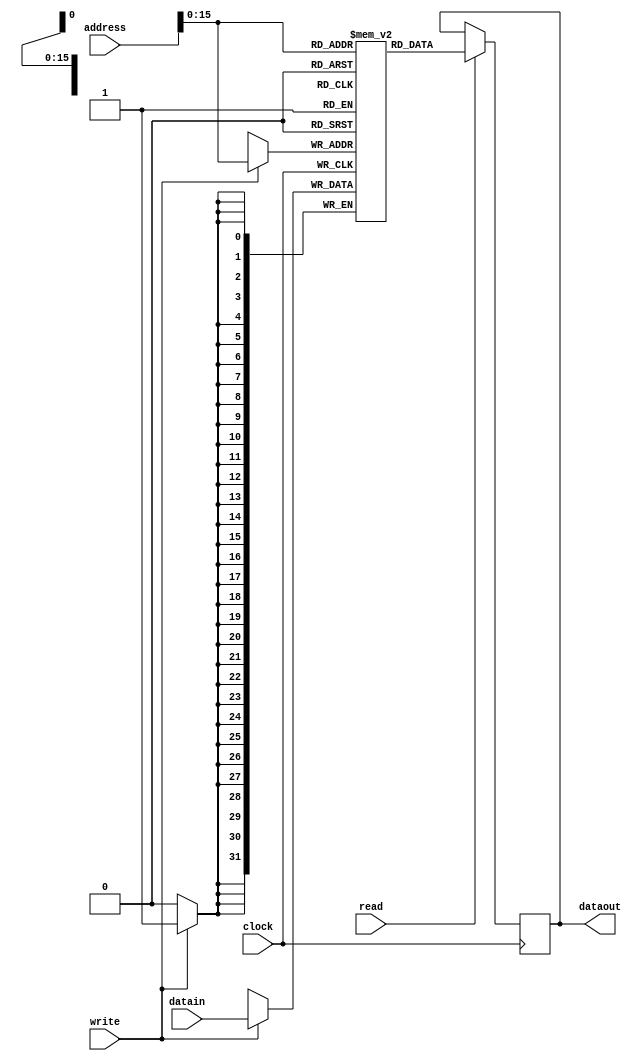
`timescale 1ns / 1ps
//////////////////////////////////////////////////////////////////////////////////
// Company: 
// Engineer: 
// 
// Design Name: 
// Module Name: register
// Project Name: 
// Target Devices: 
// Tool Versions: 
// Description: 
// 
// Dependencies: 
// 
// Revision:
// Revision 0.01 - File Created
// Additional Comments:
// 
//////////////////////////////////////////////////////////////////////////////////


module data(clock, write, read, address, datain, dataout);
input clock, write, read;
input [31:0] address;
input [31:0] datain;
reg [31:0] data[65535:0];
output reg [31:0] dataout;

always@(posedge clock)
begin
    if(read == 1)
        dataout = data[address[15:0]];
    if(write == 1)
        data[address[15:0]] = datain;
end
endmodule

module instruction(clock, address, instruction_out);
input clock;
input [7:0] address;
wire [31:0] instructions [255:0];
output reg [31:0] instruction_out;

assign instructions[100] = 1024;
assign instructions[255] = 52;

always@(posedge clock)
begin
    instruction_out = instructions[address];
end
endmodule

module register(clock, write, rs, rt, rd, datain, rs_out, rt_out);
input clock, write;
input [5:0] rs;
input [5:0] rt;
input [5:0] rd;
input [31:0] datain;
reg[31:0] registers[63:0];
output reg[31:0] rs_out;
output reg[31:0] rt_out;

always@(posedge clock)
begin
    if (write == 0)
    begin
        rs_out = registers[rs];
        rt_out = registers[rt];
    end
    if(write == 1)
        registers[rd] = datain;
 end
 endmodule